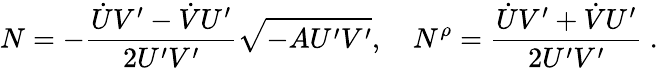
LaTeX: N=-\frac{\dot{U}V^{\prime}-\dot{V}U^{\prime}}{2U^{\prime}V^{\prime}}\sqrt{-AU^{\prime}V^{\prime}},\quad N^{\rho}=\frac{\dot{U}V^{\prime}+\dot{V}U^{\prime}}{2U^{\prime}V^{\prime}}\ .